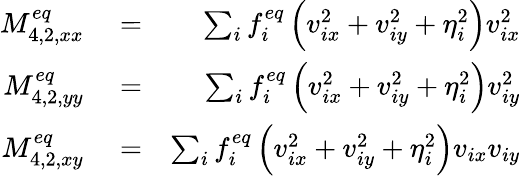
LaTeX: \begin{array}{rlr}{M_{4,2,xx}^{eq}}&{{}=}&{\sum_{i}{f_{i}^{eq}\left({v_{ix}^{2}+v_{iy}^{2}+\eta_{i}^{2}}\right)v_{ix}^{2}}}\\ {M_{4,2,yy}^{eq}}&{{}=}&{\sum_{i}{f_{i}^{eq}\left({v_{ix}^{2}+v_{iy}^{2}+\eta_{i}^{2}}\right)v_{iy}^{2}}}\\ {M_{4,2,xy}^{eq}}&{{}=}&{\sum_{i}{f_{i}^{eq}\left({v_{ix}^{2}+v_{iy}^{2}+\eta_{i}^{2}}\right){v_{ix}}}{v_{iy}}}\end{array}